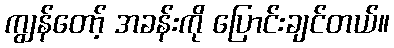
ကျွန်တော့် အခန်းကို ပြောင်းချင်တယ်။